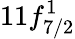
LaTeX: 11f_{7/2}^{1}